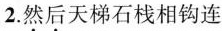
2.然后天梯石栈相钩连